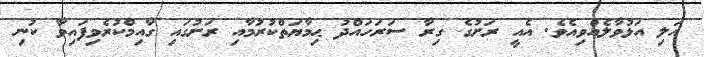
އަލި އަޅުވާލެއްވިއެވެ. އެއީ ރަށުގެ ގިރާ ސަރަހައްދު ޙިމާޔަތްކުރުމާއި ރަށުގައި ގާއިމްކުރެވިފައިވާ ކުނި